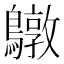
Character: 鷻